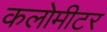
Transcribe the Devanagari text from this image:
कलोमीटर